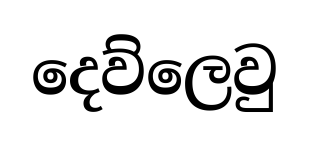
දෙව්ලෙවු